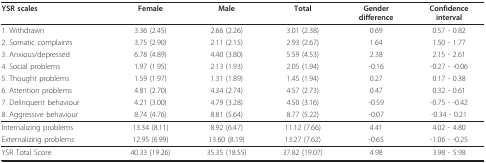
<table><thead><tr><td><b>YSR scales</b></td><td><b>Female</b></td><td><b>Male</b></td><td><b>Total</b></td><td><b>Genderdifference</b></td><td><b>Confidenceinterval</b></td></tr></thead><tbody><tr><td>1. Withdrawn</td><td>3.36 (2.45)</td><td>2.66 (2.26)</td><td>3.01 (2.38)</td><td>0.69</td><td>0.57 - 0.82</td></tr><tr><td>2. Somatic complaints</td><td>3.75 (2.90)</td><td>2.11 (2.15)</td><td>2.93 (2.67)</td><td>1.64</td><td>1.50 - 1.77</td></tr><tr><td>3. Anxious/depressed</td><td>6.78 (4.89)</td><td>4.40 (3.80)</td><td>5.59 (4.53)</td><td>2.38</td><td>2.15 - 2.61</td></tr><tr><td>4. Social problems</td><td>1.97 (1.95)</td><td>2.13 (1.93)</td><td>2.05 (1.94)</td><td>-0.16</td><td>-0.27 - -0.06</td></tr><tr><td>5. Thought problems</td><td>1.59 (1.97)</td><td>1.31 (1.89)</td><td>1.45 (1.94)</td><td>0.27</td><td>0.17 - 0.38</td></tr><tr><td>6. Attention problems</td><td>4.81 (2.70)</td><td>4.34 (2.74)</td><td>4.57 (2.73)</td><td>0.47</td><td>0.32 - 0.61</td></tr><tr><td>7. Delinquent behaviour</td><td>4.21 (3.00)</td><td>4.79 (3.28)</td><td>4.50 (3.16)</td><td>-0.59</td><td>-0.75 - -0.42</td></tr><tr><td>8. Aggressive behaviour</td><td>8.74 (4.76)</td><td>8.81 (5.64)</td><td>8.77 (5.22)</td><td>-0.07</td><td>-0.34 - 0.21</td></tr><tr><td>Internalizing problems</td><td>13.34 (8.11)</td><td>8.92 (6.47)</td><td>11.12 (7.66)</td><td>4.41</td><td>4.02 - 4.80</td></tr><tr><td>Externalizing problems</td><td>12.95 (6.99)</td><td>13.60 (8.19)</td><td>13.27 (7.62)</td><td>-0.65</td><td>-1.06 - -0.25</td></tr><tr><td>YSR Total Score</td><td>40.33 (19.26)</td><td>35.35 (18.55)</td><td>37.82 (19.07)</td><td>4.98</td><td>3.98 - 5.98</td></tr></tbody></table>